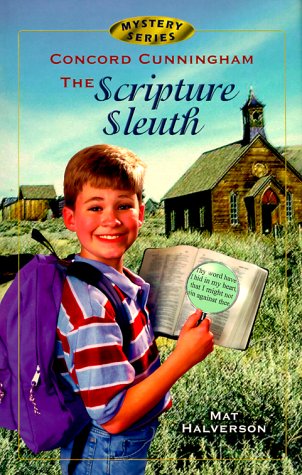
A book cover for Concord Cunningham the Scripture Sleuth (Concord Cunningham Mysteries); Mat Halverson; Religion & Spirituality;